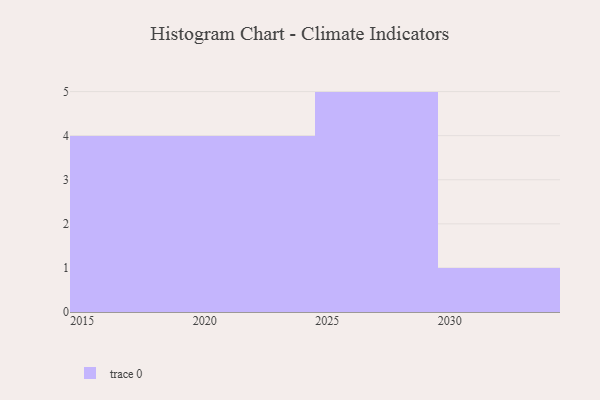
{"axis": {"x": "Year", "y": "Population (Million)"}, "legend": [""], "data": [{"x": "2019", "y": 80, "type": ""}, {"x": "2020", "y": 5, "type": ""}, {"x": "2015", "y": 38, "type": ""}, {"x": "2027", "y": 52, "type": ""}, {"x": "2028", "y": 44, "type": ""}, {"x": "2022", "y": 50, "type": ""}, {"x": "2025", "y": 77, "type": ""}, {"x": "2023", "y": 38, "type": ""}, {"x": "2026", "y": 70, "type": ""}, {"x": "2030", "y": 53, "type": ""}, {"x": "2016", "y": 53, "type": ""}, {"x": "2024", "y": 78, "type": ""}, {"x": "2018", "y": 34, "type": ""}, {"x": "2029", "y": 24, "type": ""}]}